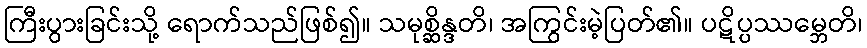
ကြီးပွားခြင်းသို့ ရောက်သည်ဖြစ်၍။ သမုစ္ဆိန္ဒတိ၊ အကြွင်းမဲ့ပြတ်၏။ ပဋိပ္ပဿမ္ဘေတိ၊